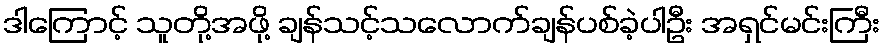
ဒါကြောင့် သူတို့အဖို့ ချန်သင့်သလောက်ချန်ပစ်ခဲ့ပါဦး အရှင်မင်းကြီး